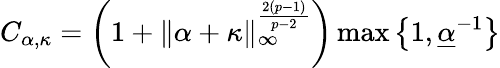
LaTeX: C_{\alpha,\kappa}=\left(1+\| \alpha+\kappa\| _{\infty}^{\frac{2(p-1)}{p-2}}\right)\operatorname*{max}\left\lbrace 1,\underline{{\alpha}}^{-1}\right\rbrace